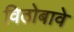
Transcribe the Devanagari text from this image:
विठोबावे